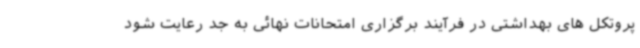
پروتکل های بهداشتی در فرآیند برگزاری امتحانات نهائی به جد رعایت شود